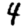
Digit: 4